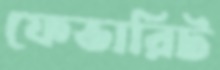
ফেভারিট